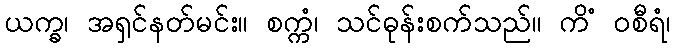
ယက္ခ၊ အရှင်နတ်မင်း။ စက္ကံ၊ သင်ဓုန်းစက်သည်။ ကိံ ဝစီရံ၊